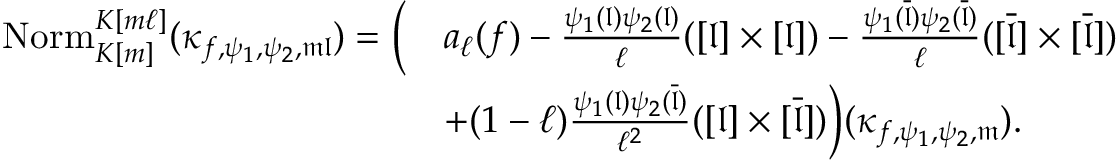
\begin{array} { r l } { \mathrm { N o r m } _ { K [ m ] } ^ { K [ m \ell ] } ( { \kappa } _ { f , \psi _ { 1 } , \psi _ { 2 } , \mathfrak { m } \mathfrak { l } } ) = \bigg ( } & { a _ { \ell } ( f ) - \frac { \psi _ { 1 } ( \mathfrak { l } ) \psi _ { 2 } ( \mathfrak { l } ) } { \ell } ( [ \mathfrak { l } ] \times [ \mathfrak { l } ] ) - \frac { \psi _ { 1 } ( \overline { { \mathfrak { l } } } ) \psi _ { 2 } ( \overline { { \mathfrak { l } } } ) } { \ell } ( [ \overline { { \mathfrak { l } } } ] \times [ \overline { { \mathfrak { l } } } ] ) } \\ & { + ( 1 - \ell ) \frac { \psi _ { 1 } ( \mathfrak { l } ) \psi _ { 2 } ( \overline { { \mathfrak { l } } } ) } { \ell ^ { 2 } } ( [ \mathfrak { l } ] \times [ \overline { { \mathfrak { l } } } ] ) \bigg ) ( { \kappa } _ { f , \psi _ { 1 } , \psi _ { 2 } , \mathfrak { m } } ) . } \end{array}